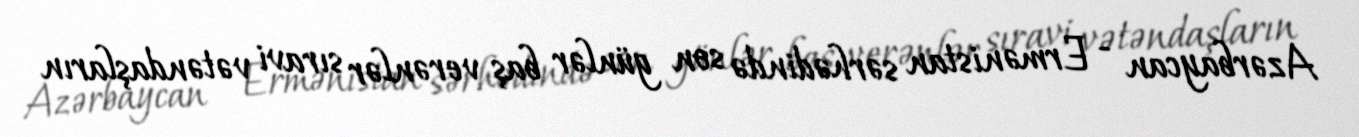
Azərbaycan - Ermənistan sərhədində son günlər baş verənlər sıravi vətəndaşların